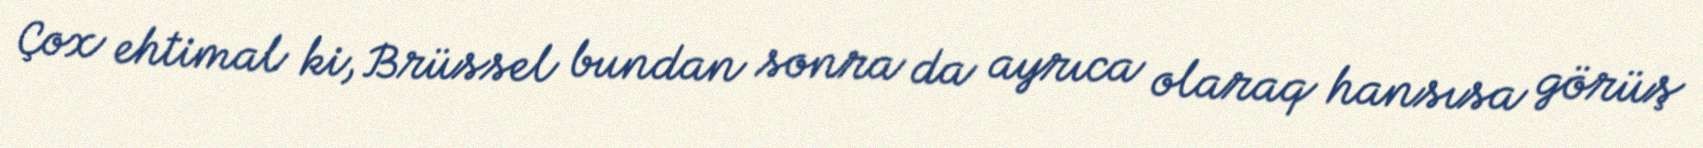
Çox ehtimal ki, Brüssel bundan sonra da ayrıca olaraq hansısa görüş